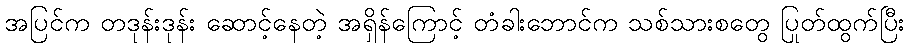
အပြင်က တဒုန်းဒုန်း ဆောင့်နေတဲ့ အရှိန်ကြောင့် တံခါးဘောင်က သစ်သားစတွေ ပြုတ်ထွက်ပြီး